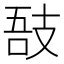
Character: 𢻊